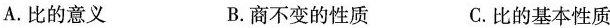
A.比的意义 B.商不变的性质 C.比的基本性质